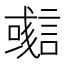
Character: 𧫊